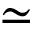
\simeq